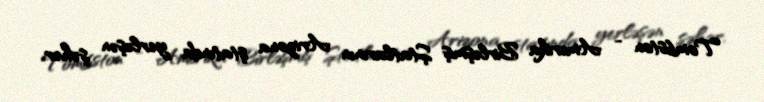
Tombston - Amerika Birləşmiş Ştatlarının Arizona ştatında yerləşən şəhər.